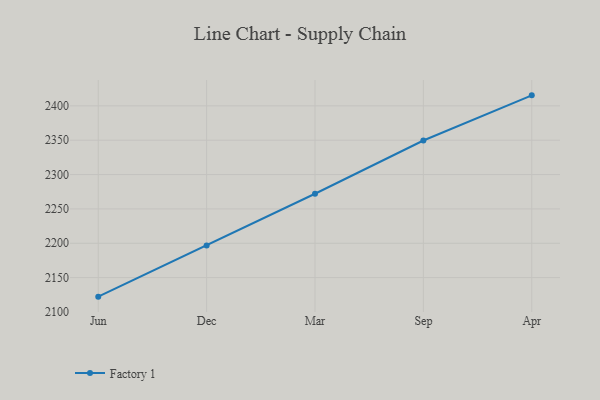
{"axis": {"x": "Month", "y": "Churn Rate (%)"}, "legend": ["Factory 1"], "data": [{"x": "Jun", "y": 2122.3, "type": "Factory 1"}, {"x": "Dec", "y": 2196.8, "type": "Factory 1"}, {"x": "Mar", "y": 2272.1, "type": "Factory 1"}, {"x": "Sep", "y": 2349.6, "type": "Factory 1"}, {"x": "Apr", "y": 2415.3, "type": "Factory 1"}]}